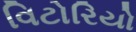
વિટોરિયો